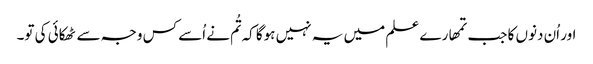
اور اُن دنوں کا جب تمھارے علم میں یہ نہیں ہوگا کہ تُم نے اُسے کس وجہ سے ٹھکائی کی تو۔